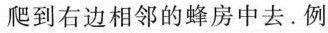
爬到右边相邻的蜂房中去。例